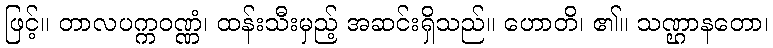
ဖြင့်။ တာလပက္ကဝဏ္ဏံ၊ ထန်းသီးမှည့် အဆင်းရှိသည်။ ဟောတိ၊ ၏။ သဏ္ဌာနတော၊